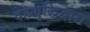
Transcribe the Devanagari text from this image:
देहशुद्धिद्वारा